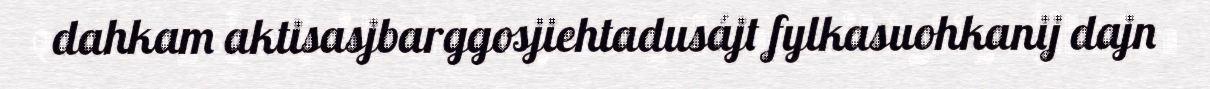
dahkam aktisasjbarggosjiehtadusájt fylkasuohkanij dajn